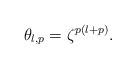
LaTeX: \begin{align*} \theta_{l,p}=\zeta^{p(l+p)}.\end{align*}